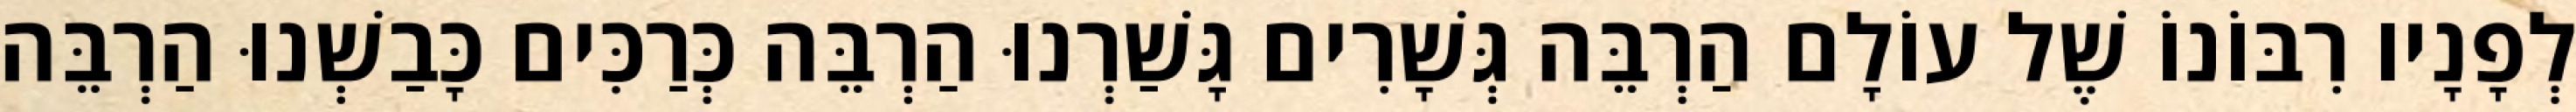
לְפָנָיו רִבּוֹנוֹ שֶׁל עוֹלָם הַרְבֵּה גְּשָׁרִים גָּשַׁרְנוּ הַרְבֵּה כְּרַכִּים כָּבַשְׁנוּ הַרְבֵּה